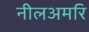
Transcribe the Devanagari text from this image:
नीलअमरि